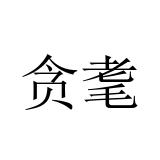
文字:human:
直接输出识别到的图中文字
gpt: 贪耄